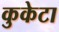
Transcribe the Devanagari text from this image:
कुकेटा